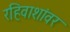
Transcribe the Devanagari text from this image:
रहिवाशांवर